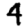
Digit: 4